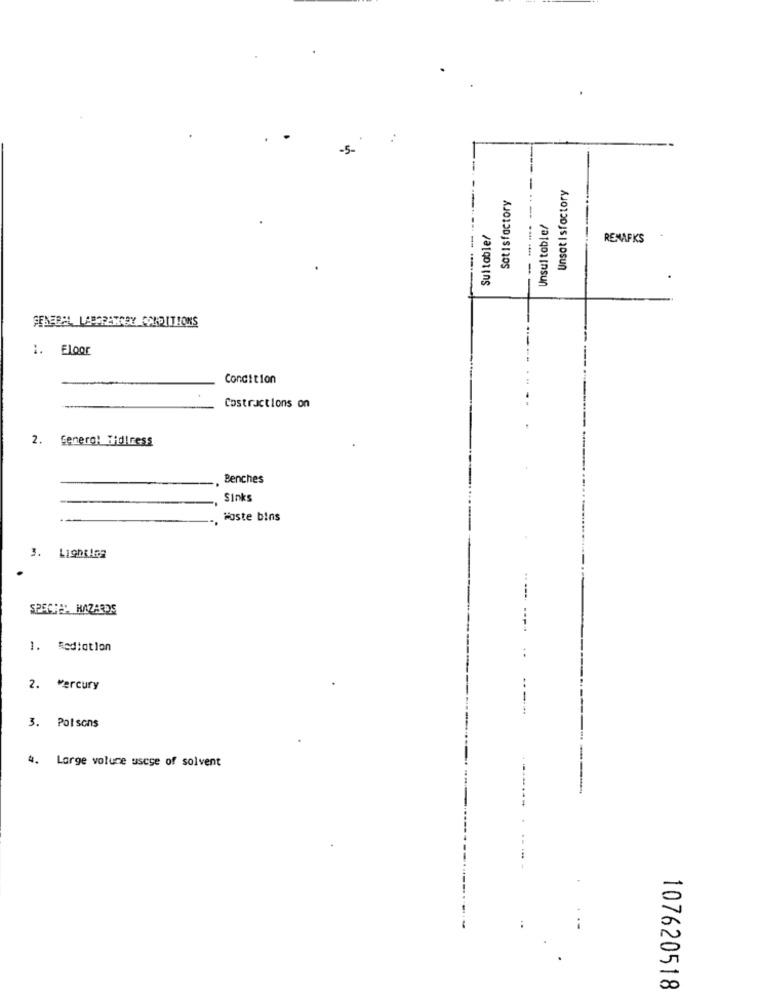
-5-
Satisfactory
---- -.
Unsatisfactory
Unsuitable/
Suitable/
RENAFKS
1. Floor
Condition
Costructions on
2. Genero! Hidliness
Benches
Sinks
Hoste bins
SPECIES HAZARDS
1. Mediation
2. Mercury
3. Poisons
4. Large volume uscse of solvent
107620518